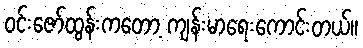
ဝင်းဇော်ထွန်းကတော့ ကျန်းမာရေးကောင်းတယ်။